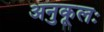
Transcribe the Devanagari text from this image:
अनुकूलः